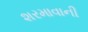
શરમાવાની